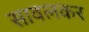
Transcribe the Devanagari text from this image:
सावलकर